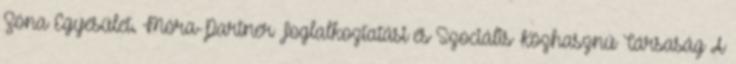
Zóna Egyesület. Móra-Partner Foglalkoztatási és Szociális Közhasznú Társaság A